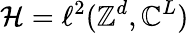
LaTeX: {\cal H}=\ell^{2}({\mathbb Z}^{d},{\mathbb C}^{L})